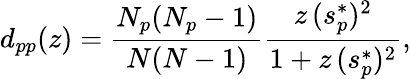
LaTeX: d_{pp}(z)=\frac{N_{p}(N_{p}-1)}{N(N-1)}\frac{z\, (s_{p}^{*})^{2}}{1+z\, (s_{p}^{*})^{2}},